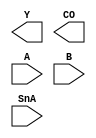
module RC_ADD_SUB_64(Y, CO, A, B, SnA);
// output list
output [63:0] Y;
output CO;
// input list
input [63:0] A;
input [63:0] B;
input SnA;




endmodule